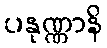
ပနုဏ္ဏာနိ